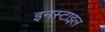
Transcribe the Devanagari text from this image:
इनस्टाइल